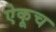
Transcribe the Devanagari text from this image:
ऐकूच